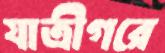
যাত্রীগরে